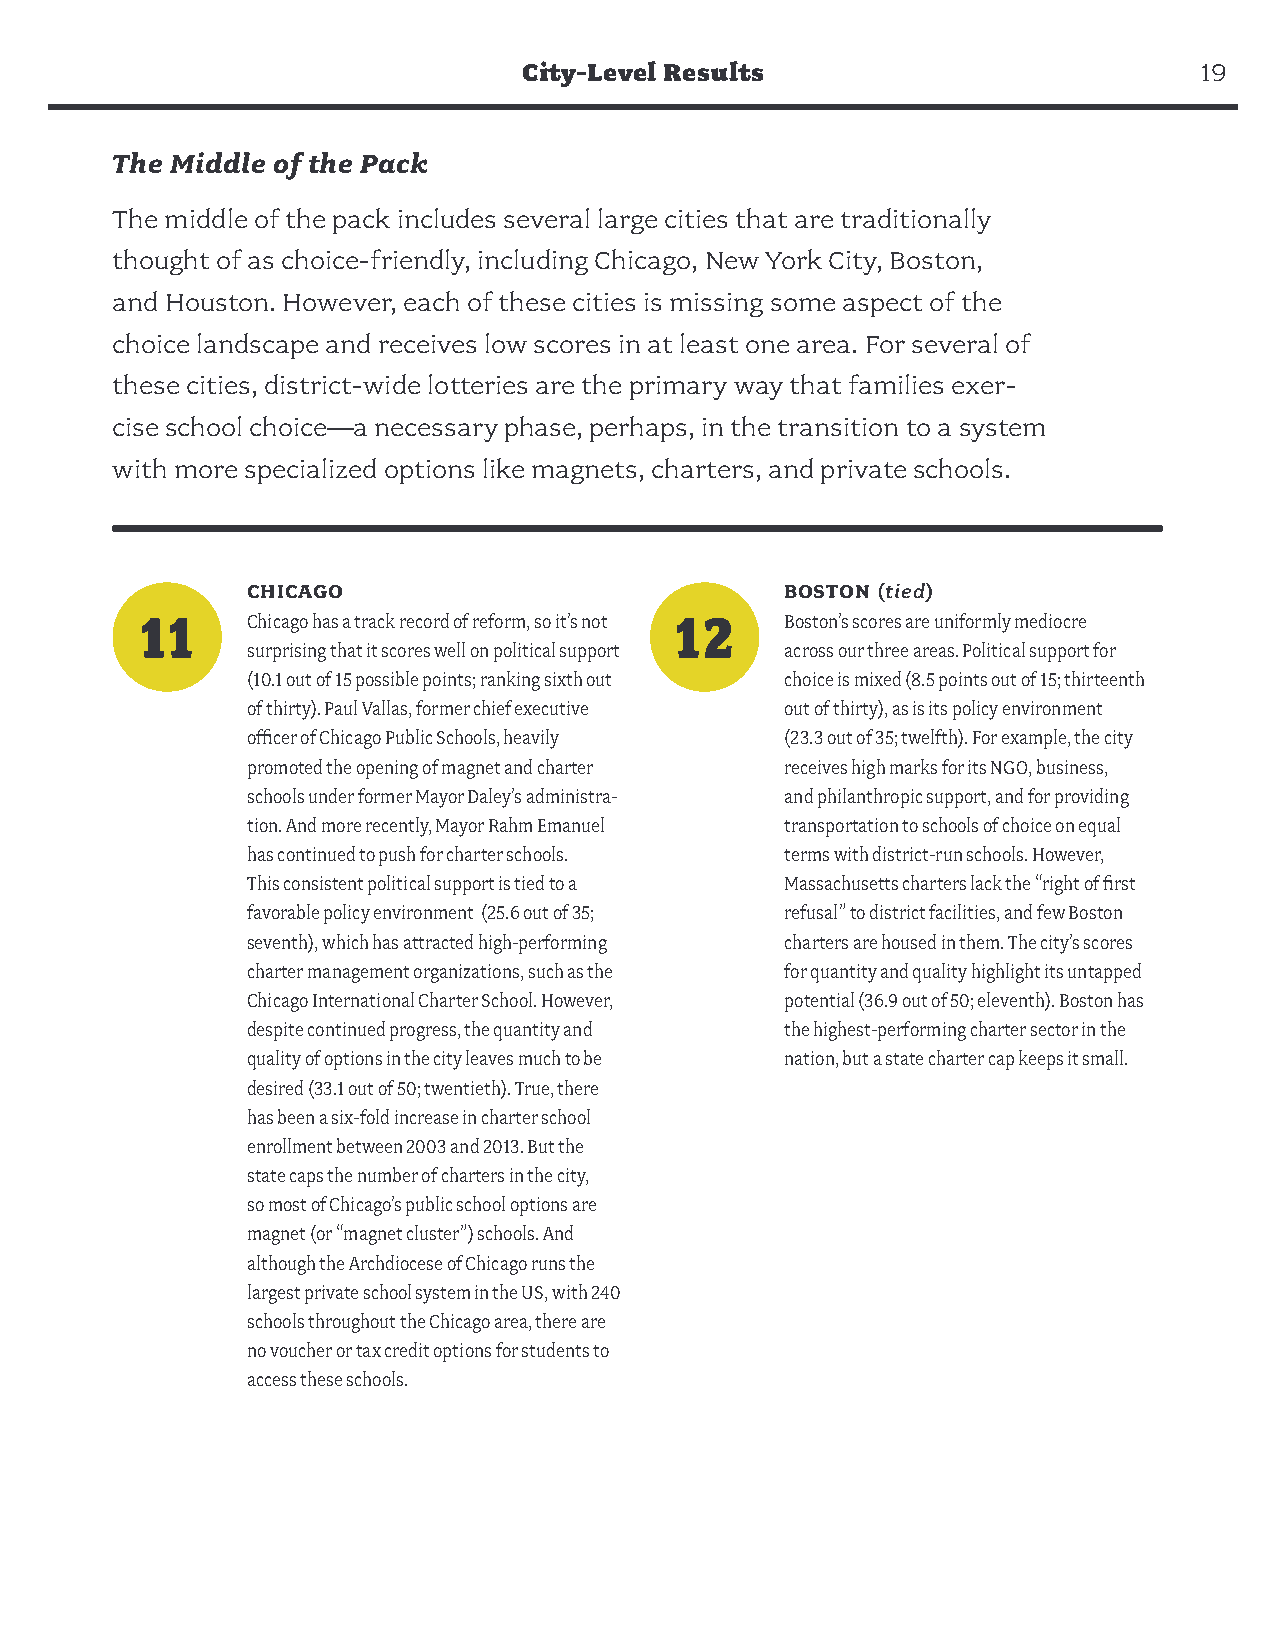
City-Level Results                          19
 The Middle of the Pack
 The middle of the pack includes several large cities that are traditionally
 thought of as choice-friendly, including Chicago, New York City, Boston,
 and Houston. However, each of these cities is missing some aspect of the
 choice landscape and receives low scores in at least one area. For several of
 these cities, district-wide lotteries are the primary way that families exer-
 cise school choice—a necessary phase, perhaps, in the transition to a system
 with more specialized options like magnets, charters, and private schools.
 CHICAGO                             BOSTON (tied)
 11     Chicago has a track record of reform, so it’s not 12 Boston’s scores are uniformly mediocre
 surprising that it scores well on political support across our three areas. Political support for
 (10.1 out of 15 possible points; ranking sixth out choice is mixed (8.5 points out of 15; thirteenth
 of thirty). Paul Vallas, former chief executive out of thirty), as is its policy environment
 officer of Chicago Public Schools, heavily (23.3 out of 35; twelfth). For example, the city
 promoted the opening of magnet and charter receives high marks for its NGO, business,
 schools under former Mayor Daley’s administra- and philanthropic support, and for providing
 tion. And more recently, Mayor Rahm Emanuel transportation to schools of choice on equal
 has continued to push for charter schools. terms with district-run schools. However,
 This consistent political support is tied to a Massachusetts charters lack the “right of first
 favorable policy environment (25.6 out of 35; refusal” to district facilities, and few Boston
 seventh), which has attracted high-performing charters are housed in them. The city’s scores
 charter management organizations, such as the for quantity and quality highlight its untapped
 Chicago International Charter School. However, potential (36.9 out of 50; eleventh). Boston has
 despite continued progress, the quantity and the highest-performing charter sector in the
 quality of options in the city leaves much to be nation, but a state charter cap keeps it small.
 desired (33.1 out of 50; twentieth). True, there
 has been a six-fold increase in charter school
 enrollment between 2003 and 2013. But the
 state caps the number of charters in the city,
 so most of Chicago’s public school options are
 magnet (or “magnet cluster”) schools. And
 although the Archdiocese of Chicago runs the
 largest private school system in the US, with 240
 schools throughout the Chicago area, there are
 no voucher or tax credit options for students to
 access these schools.